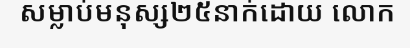
សម្លាប់មនុស្ស២៥នាក់ដោយ លោក